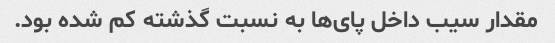
مقدار سیب داخل پای‌ها به نسبت گذشته کم شده بود.